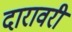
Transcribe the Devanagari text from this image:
दारावरी